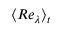
\langle R e _ { \lambda } \rangle _ { t }